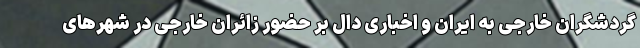
گردشگران خارجی به ایران و اخباری دال بر حضور زائران خارجی در شهرهای